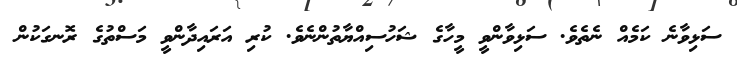
ސަޅިވާނެ ކަމެއް ނެތެވެ. ސަޅިވާންވީ މީހާގެ ޝަހުސިއްޔާތުންނެވެ. ކުރި އަރައިދާންވީ މަސްތުގެ ރޮނގަކުން